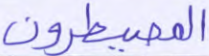
المصيطرون